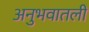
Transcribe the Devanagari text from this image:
अनुभवातली